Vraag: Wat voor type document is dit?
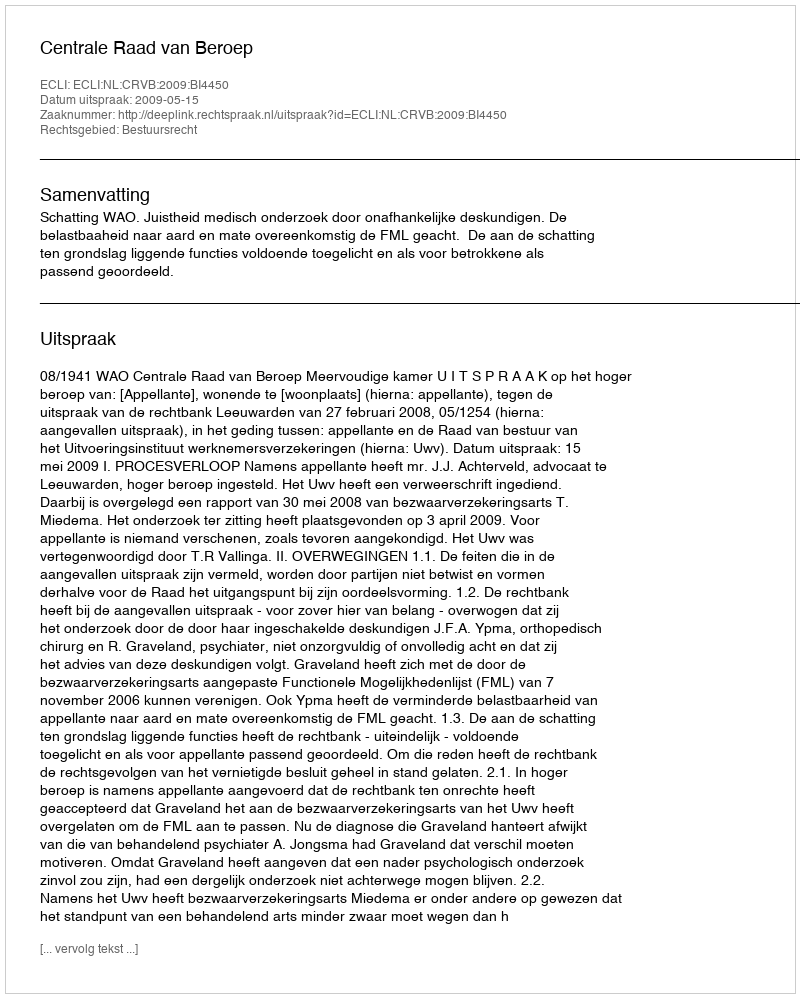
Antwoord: Uitspraak